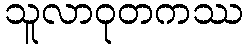
သူလာဝုတကဿ